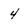
Character: 4